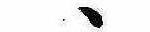
ゝ